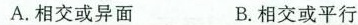
A. 相交或异面 B. 相交或平行